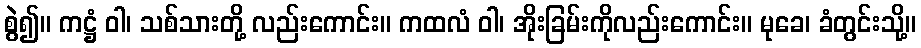
စွဲ၍။ ကဋ္ဌံ ဝါ၊ သစ်သားတို့ လည်းကောင်း။ ကထလံ ဝါ၊ အိုးခြမ်းကိုလည်းကောင်း။ မုခေ၊ ခံတွင်းသို့။